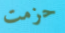
حزمت